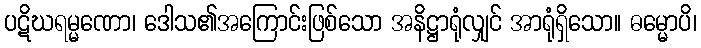
ပဋိဃရမ္မဏော၊ ဒေါသ၏အကြောင်းဖြစ်သော အနိဋ္ဌာရုံလျှင် အာရုံရှိသော။ ဓမ္မောပိ၊